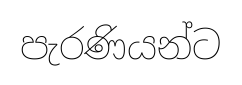
පැරණියන්ට